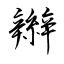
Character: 辮